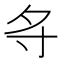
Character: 𪧷